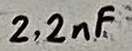
Text: 2.2nF